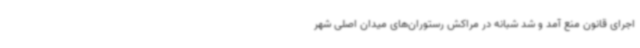
اجرای قانون منع آمد و شد شبانه در مراکش رستوران‌های میدان اصلی شهر